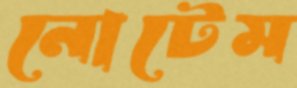
নোটেম